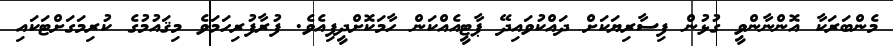
މެންބަރަކާ އޮންނާންވީ ގުޅުން ފިސާރިޔަކަށް ދައްކުވައިދޭ ޕާޓީއެއްކަން ހާމަކޮށްދީފިއެވެ. ފުރާފުރިހަމަވެ މިޤައުމުގެ ކުރިމަގަށްޓަކައި